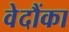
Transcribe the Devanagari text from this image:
वेदौंका